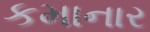
કમાનાર